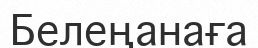
Белеңанаға